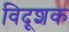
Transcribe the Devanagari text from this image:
विदूशक